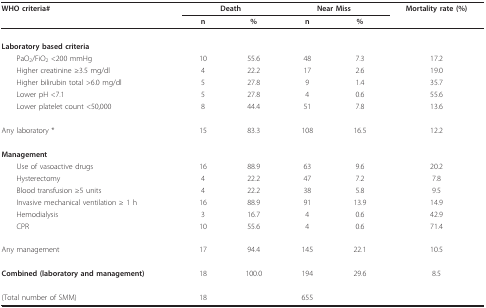
<table><thead><tr><td><b>WHO criteria#</b></td><td colspan="2"><b>Death</b></td><td colspan="2"><b>Near Miss</b></td><td><b>Mortality rate (%)</b></td></tr><tr><td></td><td><b>n</b></td><td><b>%</b></td><td><b>n</b></td><td><b>%</b></td><td></td></tr></thead><tbody><tr><td><b>Laboratory based criteria</b></td><td></td><td></td><td></td><td></td><td></td></tr><tr><td> PaO<sub>2</sub>/FiO<sub>2 </sub>&lt;200 mmHg</td><td>10</td><td>55.6</td><td>48</td><td>7.3</td><td>17.2</td></tr><tr><td> Higher creatinine ≥3.5 mg/dl</td><td>4</td><td>22.2</td><td>17</td><td>2.6</td><td>19.0</td></tr><tr><td> Higher bilirubin total &gt;6.0 mg/dl</td><td>5</td><td>27.8</td><td>9</td><td>1.4</td><td>35.7</td></tr><tr><td> Lower pH &lt;7.1</td><td>5</td><td>27.8</td><td>4</td><td>0.6</td><td>55.6</td></tr><tr><td> Lower platelet count &lt;50,000</td><td>8</td><td>44.4</td><td>51</td><td>7.8</td><td>13.6</td></tr><tr><td>Any laboratory *</td><td>15</td><td>83.3</td><td>108</td><td>16.5</td><td>12.2</td></tr><tr><td><b>Management</b></td><td></td><td></td><td></td><td></td><td></td></tr><tr><td> Use of vasoactive drugs</td><td>16</td><td>88.9</td><td>63</td><td>9.6</td><td>20.2</td></tr><tr><td> Hysterectomy</td><td>4</td><td>22.2</td><td>47</td><td>7.2</td><td>7.8</td></tr><tr><td> Blood transfusion ≥5 units</td><td>4</td><td>22.2</td><td>38</td><td>5.8</td><td>9.5</td></tr><tr><td> Invasive mechanical ventilation ≥ 1 h</td><td>16</td><td>88.9</td><td>91</td><td>13.9</td><td>14.9</td></tr><tr><td> Hemodialysis</td><td>3</td><td>16.7</td><td>4</td><td>0.6</td><td>42.9</td></tr><tr><td> CPR</td><td>10</td><td>55.6</td><td>4</td><td>0.6</td><td>71.4</td></tr><tr><td>Any management</td><td>17</td><td>94.4</td><td>145</td><td>22.1</td><td>10.5</td></tr><tr><td><b>Combined (laboratory and management)</b></td><td>18</td><td>100.0</td><td>194</td><td>29.6</td><td>8.5</td></tr><tr><td>(Total number of SMM)</td><td>18</td><td></td><td>655</td><td></td><td></td></tr></tbody></table>